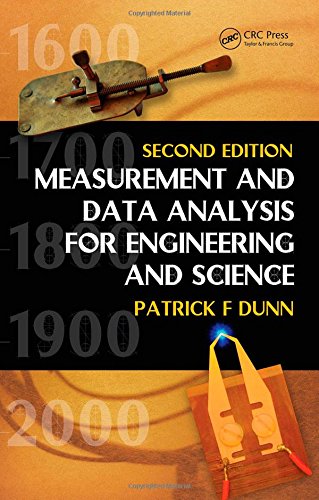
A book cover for Measurement and Data Analysis for Engineering and Science, Second Edition; Patrick F. Dunn; Science & Math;